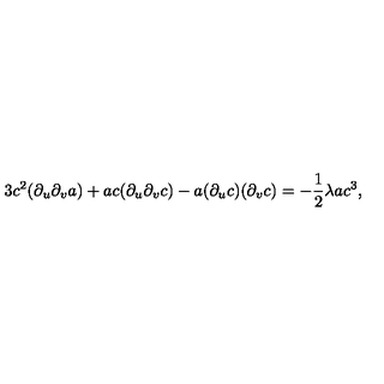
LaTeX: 3 c ^ { 2 } ( \partial _ { u } \partial _ { v } a ) + a c ( \partial _ { u } \partial _ { v } c ) - a ( \partial _ { u } c ) ( \partial _ { v } c ) = - \frac { 1 } { 2 } \lambda a c ^ { 3 } ,